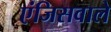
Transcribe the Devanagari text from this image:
एंजिसवाले